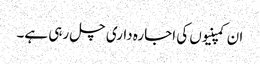
ان کمپنیوں کی اجارہ داری چل رہی ہے۔